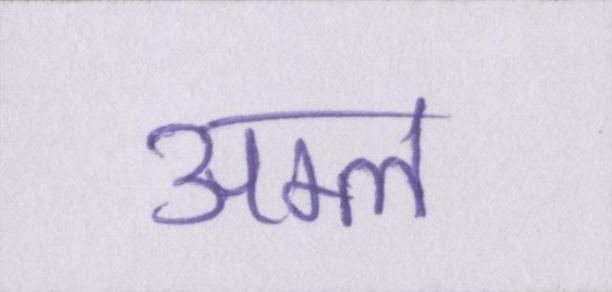
अम्ल